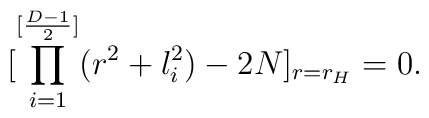
[\prod^{[{{D-1}\over 2}]}_{i=1}(r^2+l^2_i)-2N]_{r=r_H}=0.